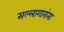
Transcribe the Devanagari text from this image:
सल्लागारांना